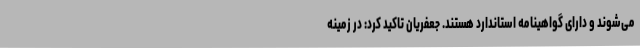
می‌شوند و دارای گواهینامه استاندارد هستند. جعفریان تاکید کرد: در زمینه